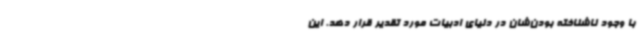
با وجود ناشناخته بودن‌شان در دنیای ادبیات مورد تقدیر قرار دهد. این